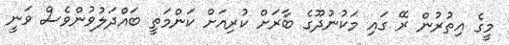
މީގެ އިތުރުން ރޭ ގައި މަކުނުދޫގެ ބާރަށް ކުރިއަށް ކަންމަތީ ބައްދަލުވުންވެސް ވަނީ